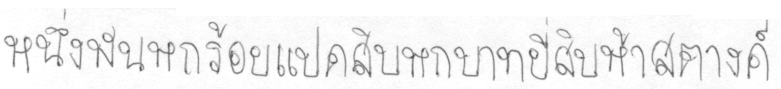
หนึ่งพันหกร้อยแปดสิบบหกบาทยี่สิบห้าสตางค์